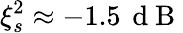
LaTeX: \xi_{s}^{2}\approx-1.5\, \mathrm{~d~B~}